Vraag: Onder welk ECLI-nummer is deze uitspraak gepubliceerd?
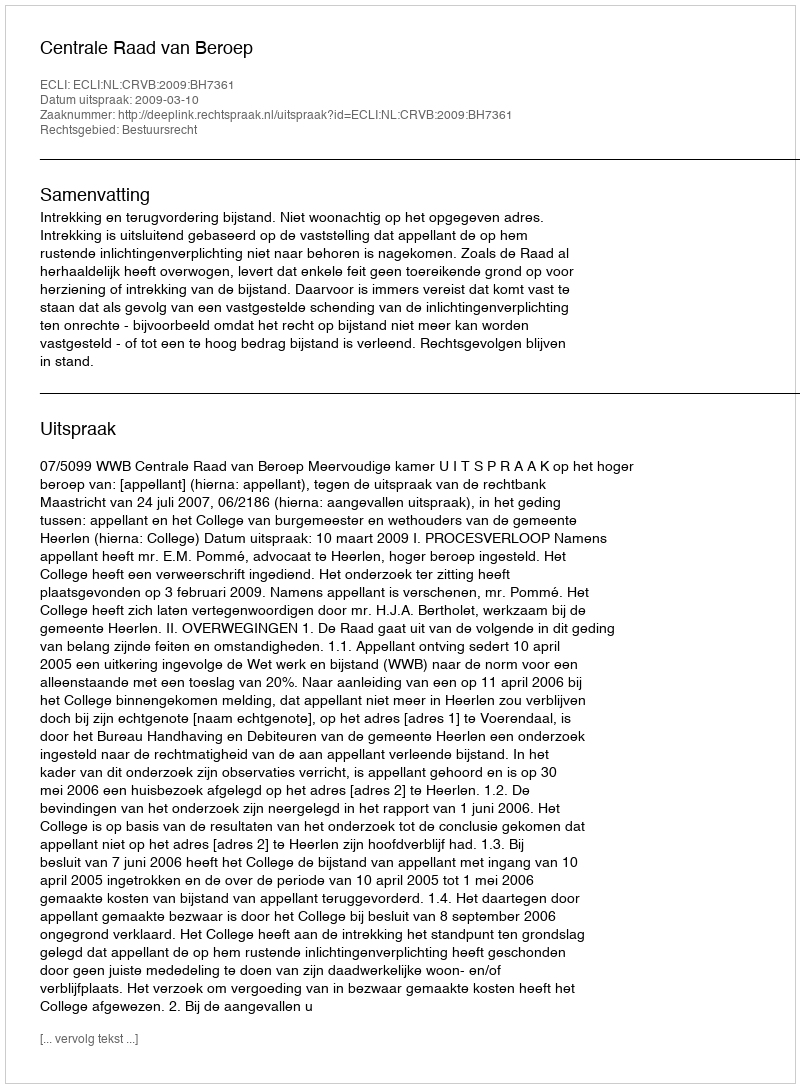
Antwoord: ECLI:NL:CRVB:2009:BH7361